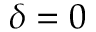
\delta = 0